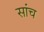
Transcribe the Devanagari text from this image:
सांच